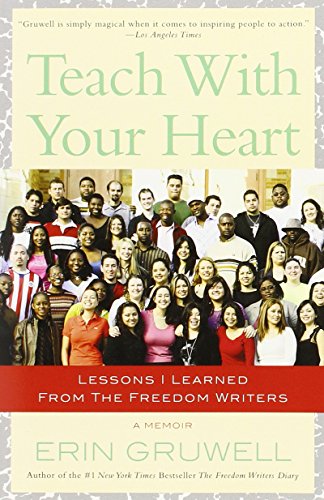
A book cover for Teach with Your Heart: Lessons I Learned from The Freedom Writers; Erin Gruwell; Biographies & Memoirs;